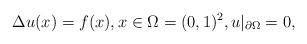
LaTeX: \begin{align*}\Delta u(x)=f(x),x\in \Omega=(0,1)^2,u|_{\partial\Omega}=0,\end{align*}